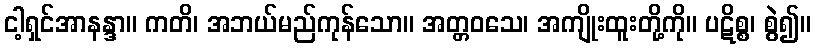
ငါ့ရှင်အာနန္ဒာ။ ကတိ၊ အဘယ်မည်ကုန်သော။ အတ္တဝသေ၊ အကျိုးထူးတို့ကို။ ပဋိစ္စ၊ စွဲ၍။